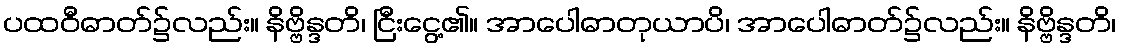
ပထဝီဓာတ်၌လည်း။ နိဗ္ဗိန္ဒတိ၊ ငြီးငွေ့၏။ အာပေါဓာတုယာပိ၊ အာပေါဓာတ်၌လည်း။ နိဗ္ဗိန္ဒတိ၊